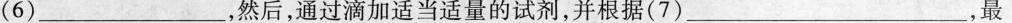
(6)_______，然后，通过滴加适当适量的试剂，并根据(7)____，最